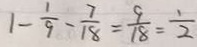
1 - \frac { 1 } { 9 } - \frac { 7 } { 1 8 } = \frac { 9 } { 1 8 } = \frac { 1 } { 2 }